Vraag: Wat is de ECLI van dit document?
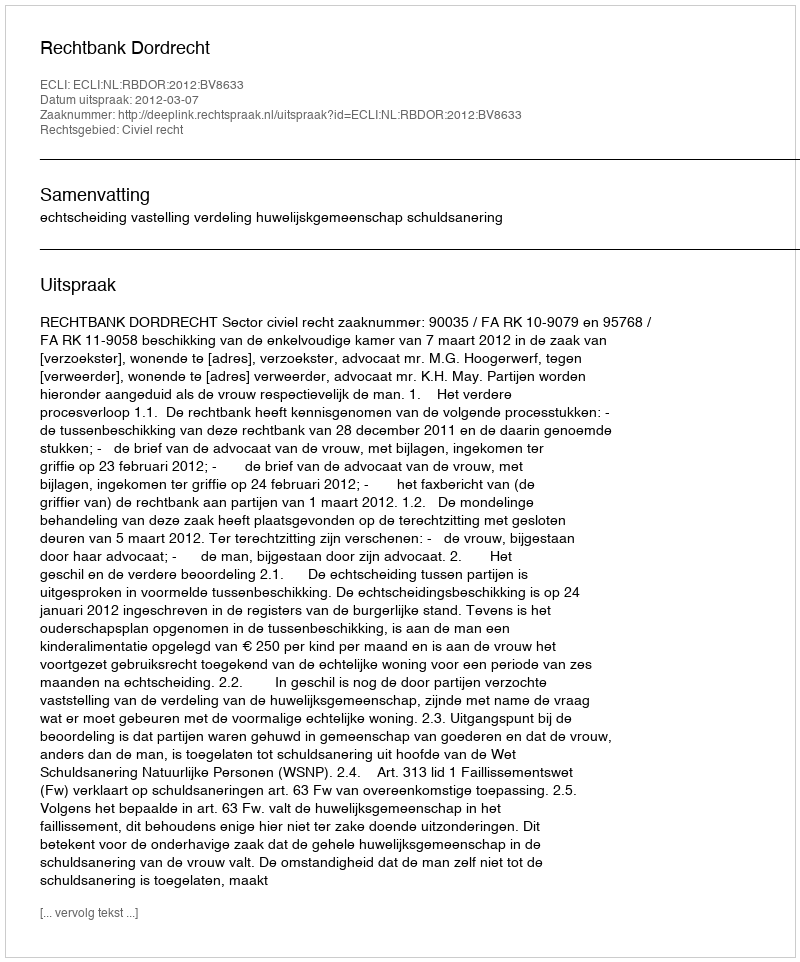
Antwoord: ECLI:NL:RBDOR:2012:BV8633